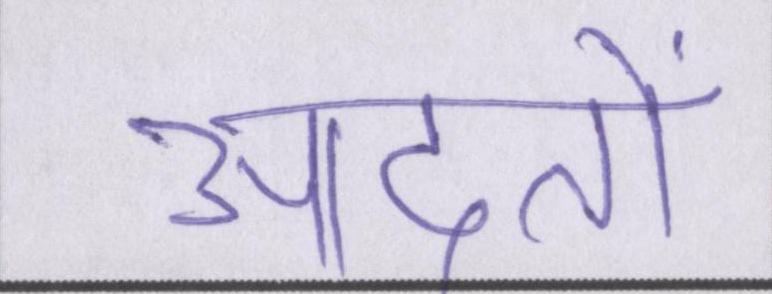
आदतों